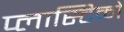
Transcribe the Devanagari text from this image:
प्लास्टिको